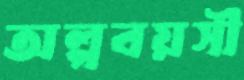
অল্পবয়সী